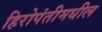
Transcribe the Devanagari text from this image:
हिरोपंतीमधील